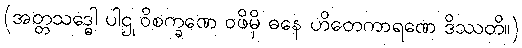
(အတ္တသဒ္ဓေါ ပါဌု ဝိစက္ခဏေ ဝဖိမှိ ဓနေ ဟိတေကာရဏေ ဒိဿတိ။)